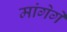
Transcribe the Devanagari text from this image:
मांगेगें